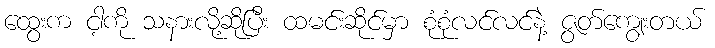
ထွေးက ငါ့ကို သနားလို့ဆိုပြီး ထမင်းဆိုင်မှာ စုံစုံလင်လင်နဲ့ ဇွတ်ကျွေးတယ်